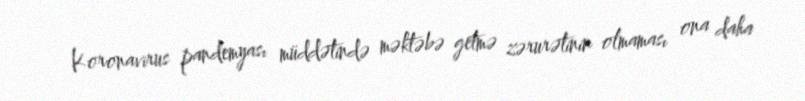
Koronavirus pandemyası müddətində məktəbə getmə zərurətinin olmaması ona daha